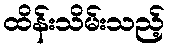
ထိန်းသိမ်းသည့်